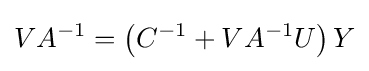
VA^{-1}=\left(C^{-1}+VA^{-1}U\right)Y